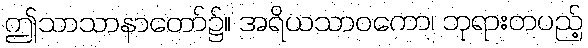
ဤသာသာနာတော်၌။ အရိယသာဝကော၊ ဘုရားတပည့်